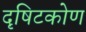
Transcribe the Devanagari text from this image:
दृषिटकोण